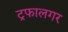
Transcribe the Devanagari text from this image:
ट्रफालगर